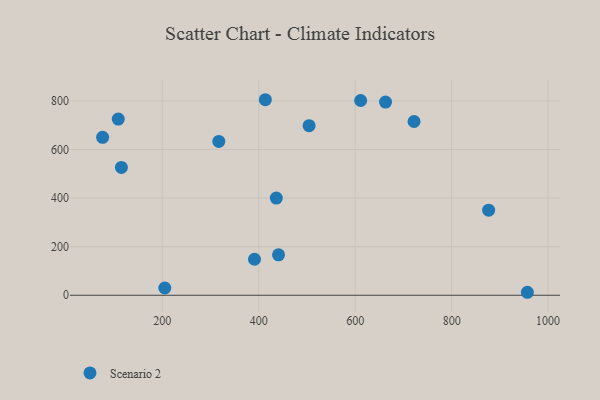
{"axis": {"x": "Distance", "y": "Profit"}, "legend": ["Scenario 2"], "data": [{"x": "317.2", "y": 633.4, "type": "Scenario 2"}, {"x": "441.0", "y": 166.7, "type": "Scenario 2"}, {"x": "504.4", "y": 698.2, "type": "Scenario 2"}, {"x": "76.3", "y": 650.4, "type": "Scenario 2"}, {"x": "436.4", "y": 400.1, "type": "Scenario 2"}, {"x": "876.7", "y": 350.4, "type": "Scenario 2"}, {"x": "391.2", "y": 148.3, "type": "Scenario 2"}, {"x": "413.7", "y": 805.1, "type": "Scenario 2"}, {"x": "115.2", "y": 526.2, "type": "Scenario 2"}, {"x": "611.3", "y": 802.0, "type": "Scenario 2"}, {"x": "722.0", "y": 715.4, "type": "Scenario 2"}, {"x": "662.9", "y": 795.3, "type": "Scenario 2"}, {"x": "108.7", "y": 725.6, "type": "Scenario 2"}, {"x": "205.2", "y": 29.9, "type": "Scenario 2"}, {"x": "957.0", "y": 12.3, "type": "Scenario 2"}]}